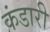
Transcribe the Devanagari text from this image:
कंडारी